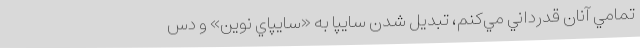
تمامي آنان قدرداني مي‌كنم، تبديل­ شدن سايپا به «سايپاي نوين» و دس